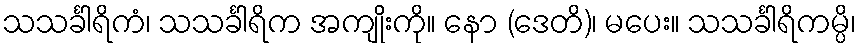
သသင်္ခါရိကံ၊ သသင်္ခါရိက အကျိုးကို။ နော (ဒေတိ)၊ မပေး။ သသင်္ခါရိကမ္ပိ၊